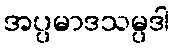
အပ္ပမာဒသမ္ပဒါ